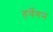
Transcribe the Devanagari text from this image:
हर्वेगन